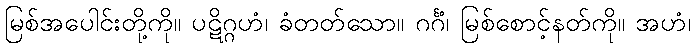
မြစ်အပေါင်းတို့ကို။ ပဋိဂ္ဂဟံ၊ ခံတတ်သော။ ဂင်္ဂံ၊ မြစ်စောင့်နတ်ကို။ အဟံ၊